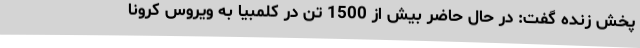
پخش زنده گفت: در حال حاضر بیش از 1500 تن در کلمبیا به ویروس کرونا